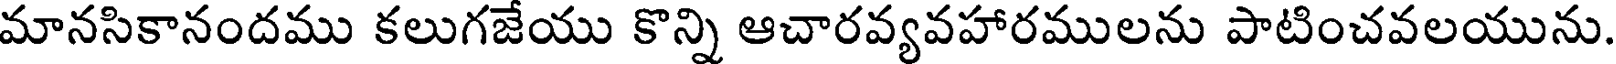
మానసికానందము కలుగజేయు కొన్ని ఆచారవ్యవహారములను పాటించవలయును